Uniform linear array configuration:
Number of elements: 64
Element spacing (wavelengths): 1
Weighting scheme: uniform
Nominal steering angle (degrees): -60
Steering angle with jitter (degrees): -58.261
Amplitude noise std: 0.05
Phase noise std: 0.05

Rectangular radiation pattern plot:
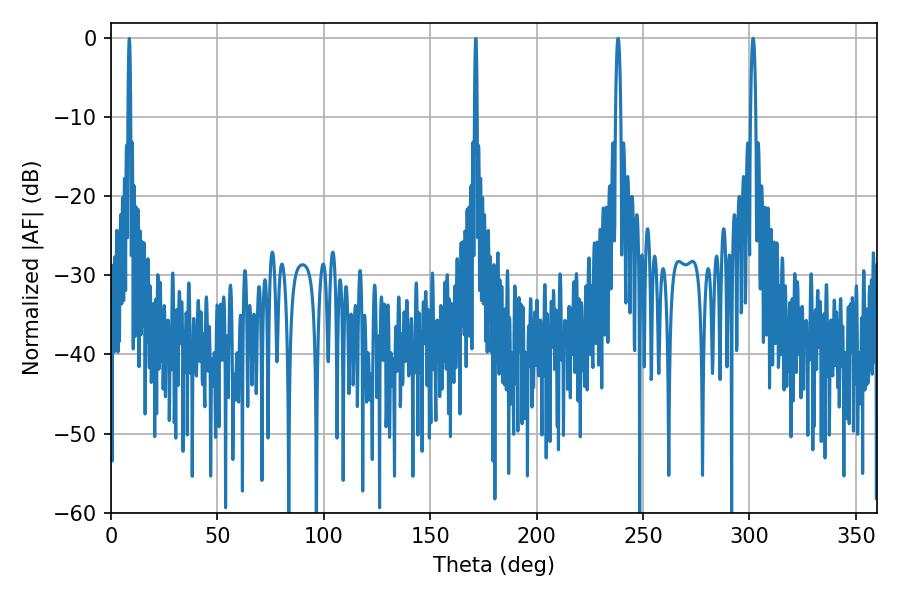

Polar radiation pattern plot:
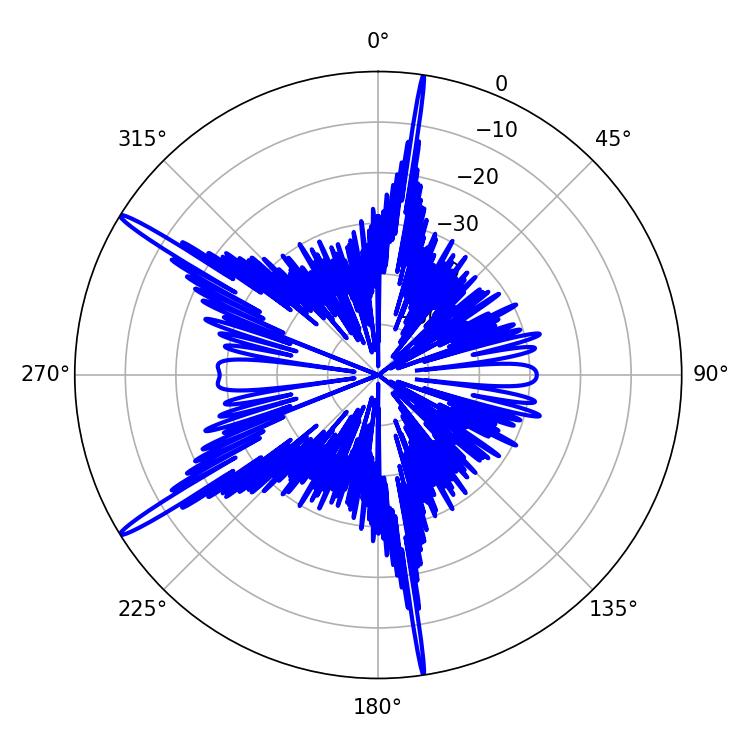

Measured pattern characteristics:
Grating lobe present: TRUE
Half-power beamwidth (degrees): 1.26
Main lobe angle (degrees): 301.68